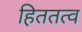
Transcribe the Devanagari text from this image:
हिततत्व